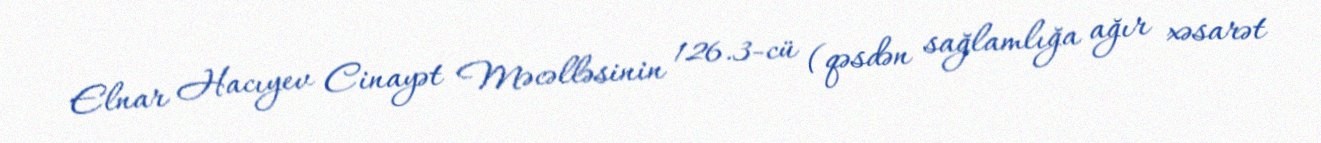
Elnar Hacıyev Cinayət Məcəlləsinin 126.3-cü (qəsdən sağlamlığa ağır xəsarət